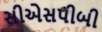
સીએસપીબી